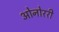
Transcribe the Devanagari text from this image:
ओनोररी